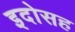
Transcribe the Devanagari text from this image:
इदोसह